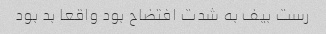
رست بیف به شدت افتضاح بود واقعا بد بود